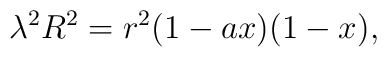
{\lambda}^2 R^2 = r^2 ( 1 - a x ) ( 1 - x ) ,